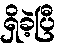
ရှိခဲ့ပြီ